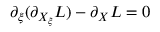
\partial _ { \xi } ( \partial _ { X _ { \xi } } L ) - \partial _ { X } L = 0